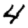
Digit: 4